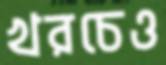
খরচেও